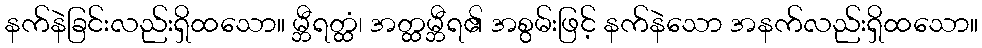
နက်နဲခြင်းလည်းရှိထသော။ မ္ဘီရတ္ထံ၊ အတ္ထမ္ဘီရ၏ အစွမ်းဖြင့် နက်နဲသော အနက်လည်းရှိထသော။